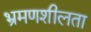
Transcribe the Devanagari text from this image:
भ्रमणशीलता